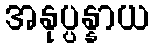
အနုပ္ပန္နာယ